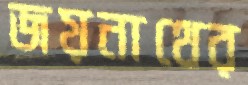
জয়নাথের